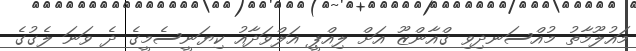
މައުލޫމާތު މުއްސަނދިވި ގްއާންޒޫ އަށް ލިއްޕީ އަލްވަދާއު ކިޔަނީސެމީގެ ދެ ވަނަ ލެގުގެ